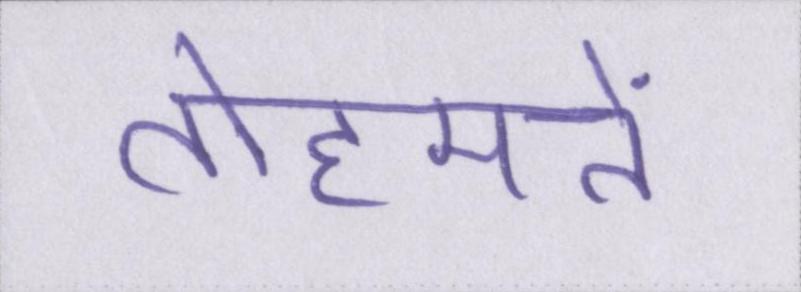
तोहमतें